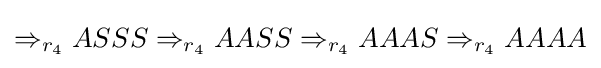
\Rightarrow _{r_{4}}ASSS\Rightarrow _{r_{4}}AASS\Rightarrow _{r_{4}}AAAS\Rightarrow _{r_{4}}AAAA